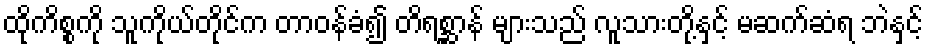
ထိုကိစ္စကို သူကိုယ်တိုင်က တာဝန်ခံ၍ တိရစ္ဆာန် များသည် လူသားတို့နှင့် မဆက်ဆံရ ဘဲနှင့်